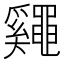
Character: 𪓷